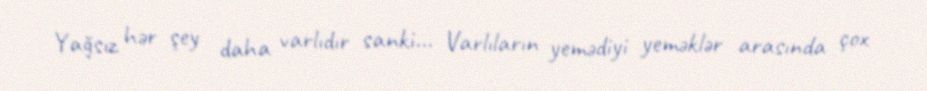
Yağsız hər şey daha varlıdır sanki... Varlıların yemədiyi yeməklər arasında çox